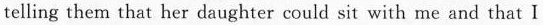
telling them that her daughter could sit with me and that I